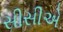
સીસીએ